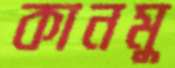
কানমু